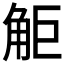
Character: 𧣒